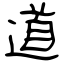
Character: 道